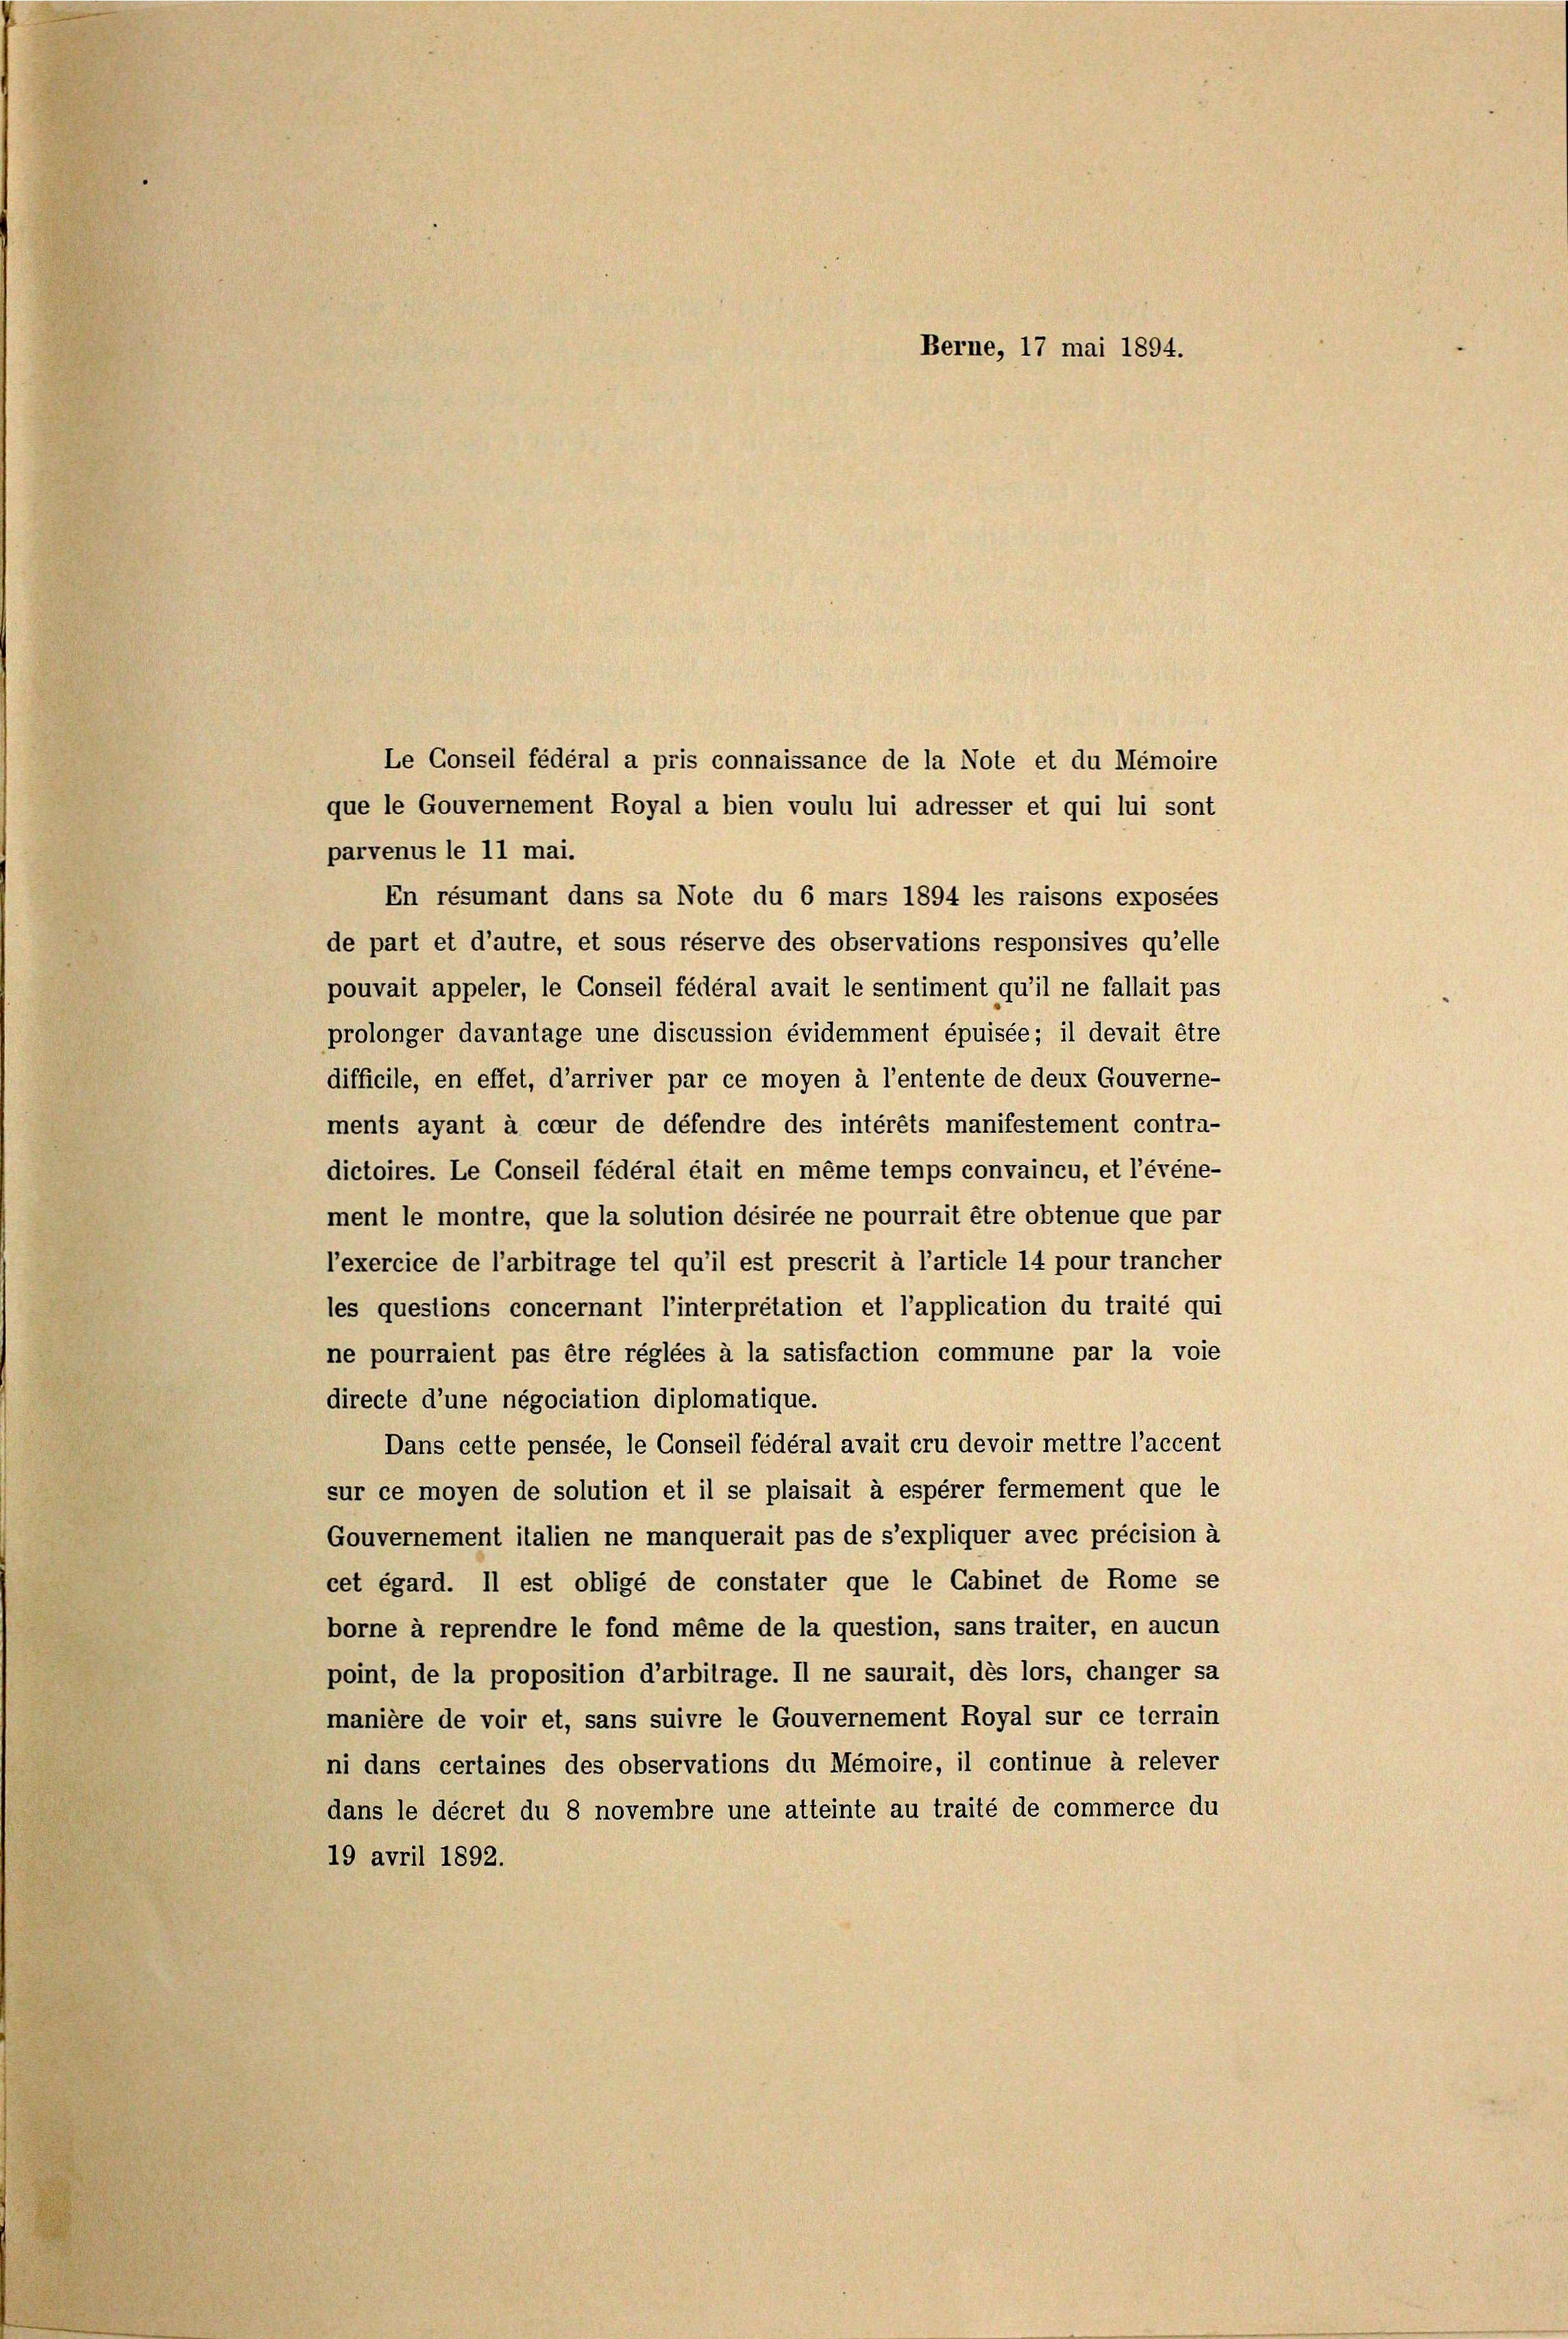
Le Conseil fédéral a pris connaissance de la Note et du Memoire
que le Gouvernement Royal a bien voulu lui adresser et qui lui sont
parvenus le 11 mai.
En résumant dans sa Note du 6 mars 1894 les raisons exposées
de part et d’autre, et sous réserve des observations responsives qu’elle
pouvait appeler, le Conseil fédéral avait le sentiment qu’il ne fallait pas
prolonger davantage une discussion évidemment épuisée; il devait être
difficile, en effet, d’arriver par ce moyen à l’entente de deux Gouverne-
ments ayant à cour de défendre des intérêts manifestement contra-
dictoires. Le Conseil fédéral était en même temps convaincu, et l’événe-
ment le montre, que la solution désirée ne pourrait être obtenue que par
l’exercice de l’arbitrage tel qu’il est prescrit à l’article 14 pour trancher
les questions concernant l’interpretation et l’application du traité qui
ne pourraient pas être réglées à la satisfaction commune par la voie
directe d’une négociation diplomatique.
Dans cette pensée, le Conseil fédéral avait cru devoir mettre l’accent
sur ce moyen de solution et il se plaisait à espérer fermement que le
Gouvernement italien ne manquerait pas de s’expliquer avec précision à
cet égard. Il est obligé de constater que le Cabinet de Rome se
borne à reprendre le fond même de la question, sans traiter, en aucun
point, de la proposition d’arbitrage. Il ne saurait, dès lors, changer sa
manière de voir et, sans suivre le Gouvernement Royal sur ce terrain
ni dans certaines des observations du Mémoire, il continue à relever
dans le décret du 8 novembre une atteinte au traité de commerce du
19 avril 1892.

Berne, 17 mai 1894.